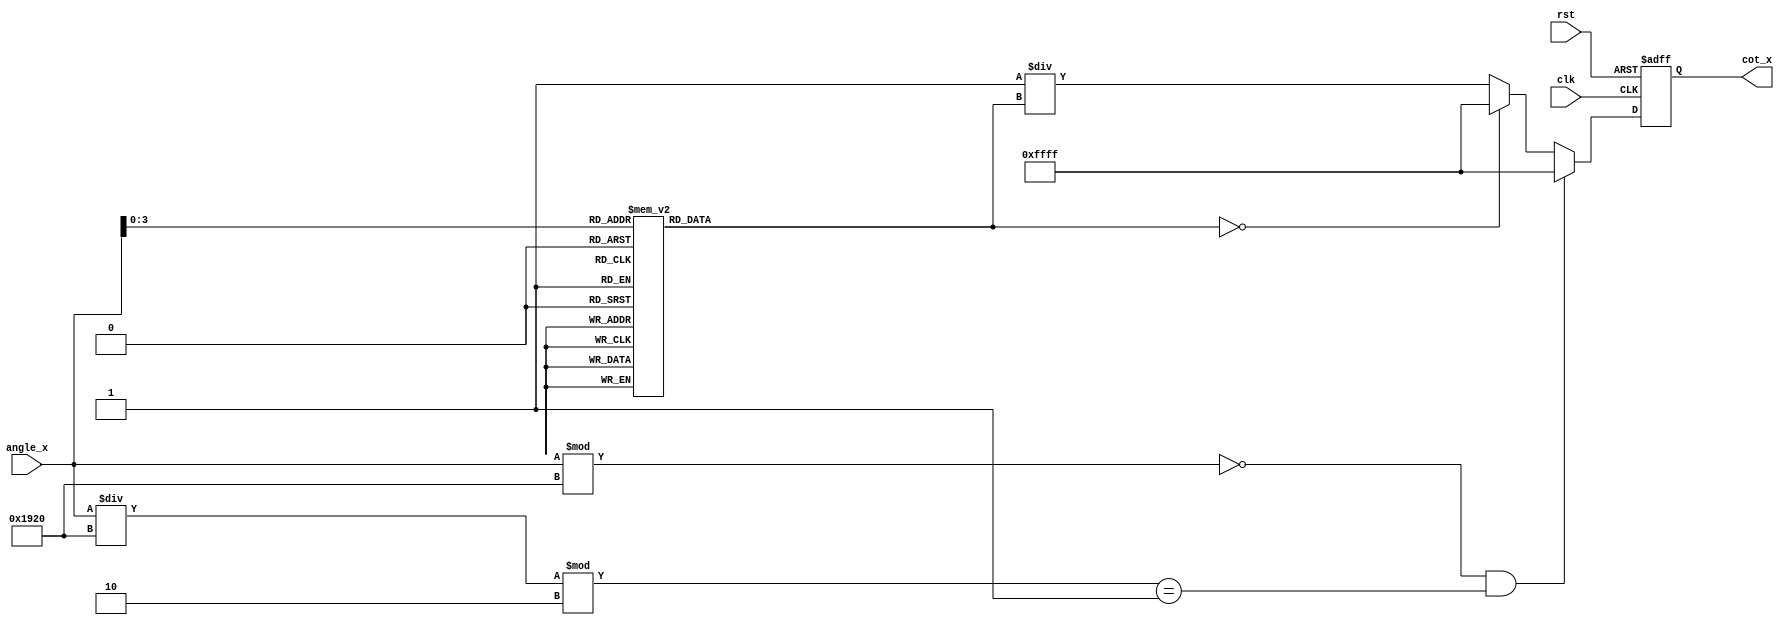
module cotangent (
    input wire [15:0] angle_x, // Input angle in radians (fixed-point format)
    output reg [15:0] cot_x,    // Output cotangent value (fixed-point format)
    input wire clk,
    input wire rst
);

    // Parameters
    parameter PI = 16'h3243; // Fixed-point representation of  (approx. 3.14159)
    parameter PI_OVER_2 = 16'h1920; // Fixed-point representation of /2 (approx. 1.5708)
    
    // Internal signals
    reg [15:0] tan_x; // Tangent value
    reg [15:0] reciprocal_tan; // Reciprocal of tangent
    reg valid; // Flag to indicate valid output

    // Tangent Lookup Table (simplified for demonstration)
    reg [15:0] tan_lut [0:15]; // LUT for tangent values
    initial begin
        // Populate the LUT with some sample tangent values (fixed-point)
        tan_lut[0] = 16'h0000; // tan(0)
        tan_lut[1] = 16'h0C90; // tan(/6)
        tan_lut[2] = 16'h0D00; // tan(/4)
        tan_lut[3] = 16'h0C90; // tan(/3)
        // Add more values as needed...
    end

    // Compute cotangent
    always @(posedge clk or posedge rst) begin
        if (rst) begin
            cot_x <= 16'h0000;
            valid <= 0;
        end else begin
            // Check for undefined cotangent (odd multiples of /2)
            if ((angle_x % PI_OVER_2) == 0 && (angle_x / PI_OVER_2) % 2 == 1) begin
                cot_x <= 16'hFFFF; // Indicate undefined (could be infinity)
                valid <= 0;
            end else begin
                // Calculate tangent using LUT (for simplicity)
                // Assume angle_x is in range [0, /2] for LUT access
                tan_x = tan_lut[angle_x[3:0]]; // Example LUT access

                // Check for zero tangent
                if (tan_x == 16'h0000) begin
                    cot_x <= 16'hFFFF; // Indicate undefined (could be infinity)
                    valid <= 0;
                end else begin
                    // Calculate reciprocal of tangent
                    reciprocal_tan = 16'h0001 / tan_x; // Simple division (may need to handle fixed-point scaling)
                    cot_x <= reciprocal_tan;
                    valid <= 1;
                end
            end
        end
    end

endmodule